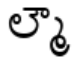
ల్మౌ